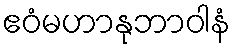
ဧဝံမဟာနုဘာဝါနံ